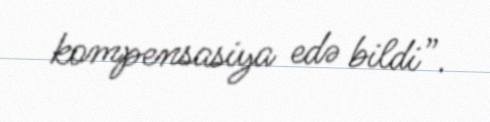
kompensasiya edə bildi”.